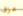
عزف